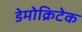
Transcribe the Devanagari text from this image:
डेमोक्रिटेक